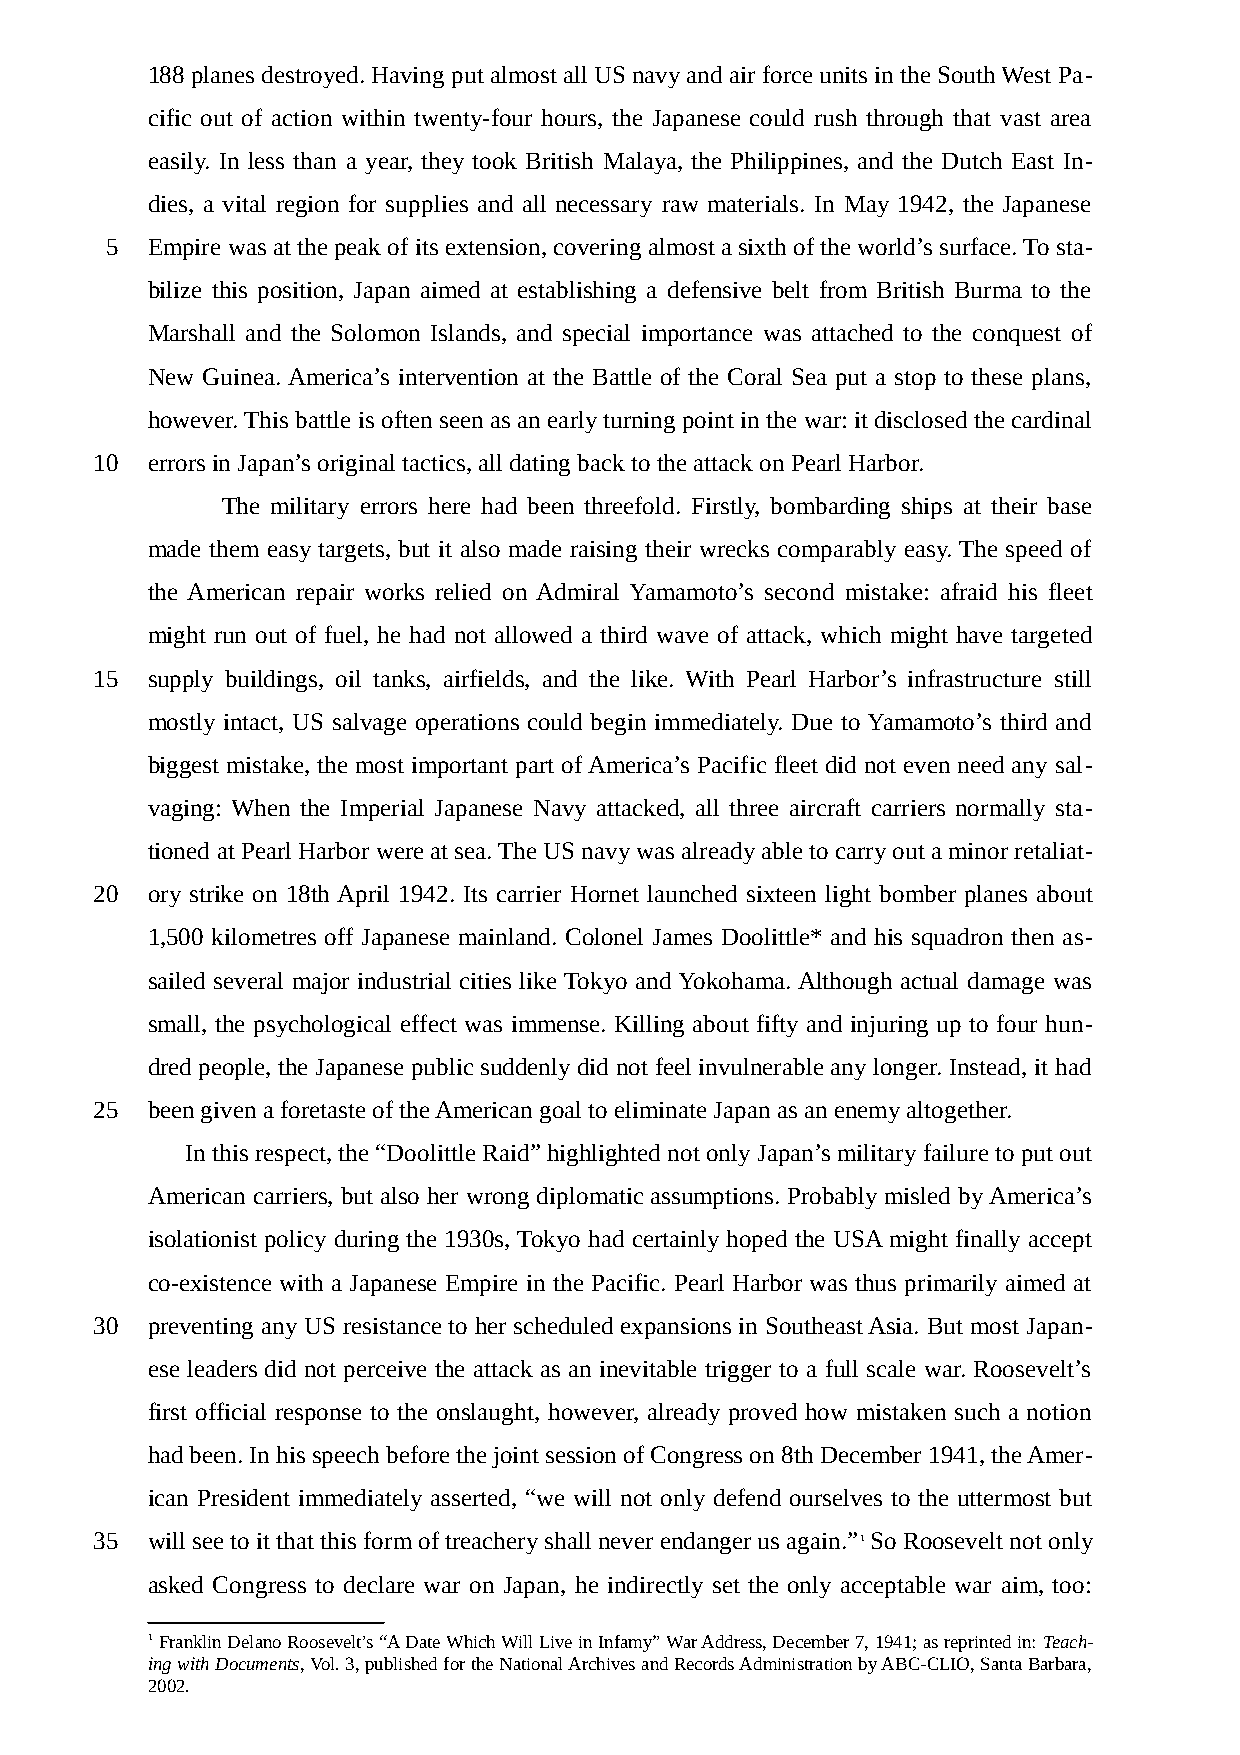
188 planes destroyed. Having put almost all US navy and air force units in the South West Pa-
 cific out of action within twenty-four hours, the Japanese could rush through that vast area
 easily. In less than a year, they took British Malaya, the Philippines, and the Dutch East In-
 dies, a vital region for supplies and all necessary raw materials. In May 1942, the Japanese
 5  Empire was at the peak of its extension, covering almost a sixth of the world’s surface. To sta-
 bilize this position, Japan aimed at establishing a defensive belt from British Burma to the
 Marshall and the Solomon Islands, and special importance was attached to the conquest of
 New Guinea. America’s intervention at the Battle of the Coral Sea put a stop to these plans,
 however. This battle is often seen as an early turning point in the war: it disclosed the cardinal
 10  errors in Japan’s original tactics, all dating back to the attack on Pearl Harbor.
 The military errors here had been threefold. Firstly, bombarding ships at their base
 made them easy targets, but it also made raising their wrecks comparably easy. The speed of
 the American repair works relied on Admiral Yamamoto’s second mistake: afraid his fleet
 might run out of fuel, he had not allowed a third wave of attack, which might have targeted
 15  supply buildings, oil tanks, airfields, and the like. With Pearl Harbor’s infrastructure still
 mostly intact, US salvage operations could begin immediately. Due to Yamamoto’s third and
 biggest mistake, the most important part of America’s Pacific fleet did not even need any sal-
 vaging: When the Imperial Japanese Navy attacked, all three aircraft carriers normally sta-
 tioned at Pearl Harbor were at sea. The US navy was already able to carry out a minor retaliat-
 20  ory strike on 18th April 1942. Its carrier Hornet launched sixteen light bomber planes about
 1,500 kilometres off Japanese mainland. Colonel James Doolittle* and his squadron then as-
 sailed several major industrial cities like Tokyo and Yokohama. Although actual damage was
 small, the psychological effect was immense. Killing about fifty and injuring up to four hun-
 dred people, the Japanese public suddenly did not feel invulnerable any longer. Instead, it had
 25  been given a foretaste of the American goal to eliminate Japan as an enemy altogether.
 In this respect, the “Doolittle Raid” highlighted not only Japan’s military failure to put out
 American carriers, but also her wrong diplomatic assumptions. Probably misled by America’s
 isolationist policy during the 1930s, Tokyo had certainly hoped the USA might finally accept
 co-existence with a Japanese Empire in the Pacific. Pearl Harbor was thus primarily aimed at
 30  preventing any US resistance to her scheduled expansions in Southeast Asia. But most Japan-
 ese leaders did not perceive the attack as an inevitable trigger to a full scale war. Roosevelt’s
 first official response to the onslaught, however, already proved how mistaken such a notion
 had been. In his speech before the joint session of Congress on 8th December 1941, the Amer-
 ican President immediately asserted, “we will not only defend ourselves to the uttermost but
 35  will see to it that this form of treachery shall never endanger us again.”1 So Roosevelt not only
 asked Congress to declare war on Japan, he indirectly set the only acceptable war aim, too:
 1 Franklin Delano Roosevelt’s “A Date Which Will Live in Infamy” War Address, December 7, 1941; as reprinted in: Teach-
 ing with Documents, Vol. 3, published for the National Archives and Records Administration by ABC-CLIO, Santa Barbara,
 2002.